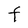
Character: t